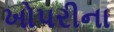
ખોપરીના